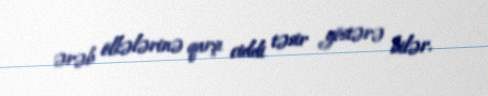
ərəb ölkələrinə qarşı ciddi təsir göstərə bilər.